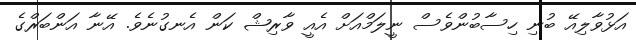
އަޅުވާލިއޭ ބުނި ހިސާބުންވެސް ނީލަމްއަށް އެއީ ވާރިޝް ކަން އެނގުނެވެ. އޭނާ އަންބަރްގެ